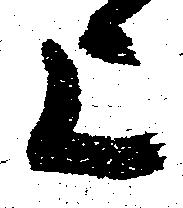
上